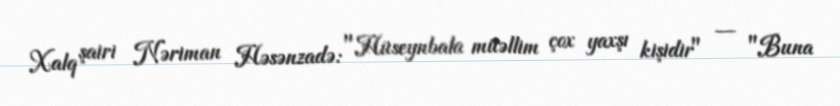
Xalq şairi Nəriman Həsənzadə: "Hüseynbala müəllim çox yaxşı kişidir" — "Buna